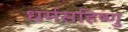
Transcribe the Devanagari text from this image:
धर्मसहिष्णु